Physiological action of certain drugs in tablet form - Number 52A
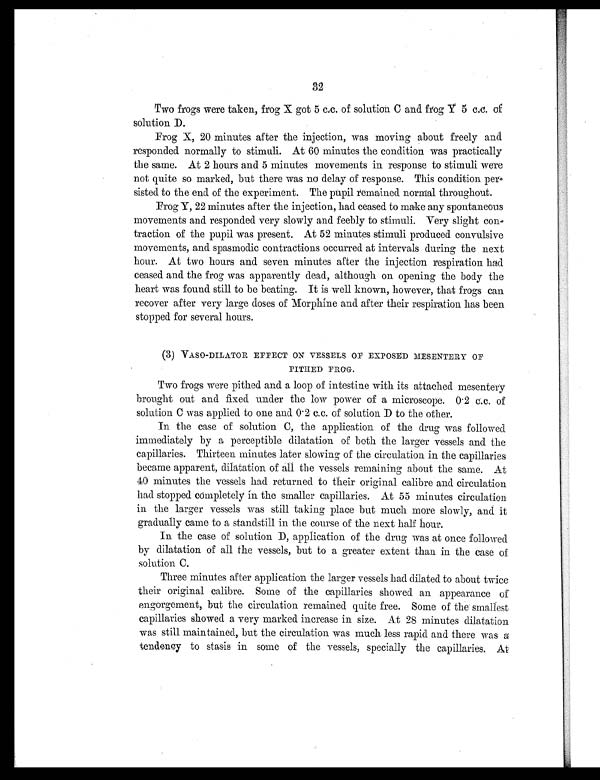
32
Two frogs were taken, frog X got 5 c.c. of solution C and frog 5 c.c. of
solution D.
Frog X, 20 minutes after the injection, was moving about freely and
responded normally to stimuli. At 60 minutes the condition was practically
the same. At 2 hours and 5 minutes movements in response to stimuli were
not quite so marked, but there was no delay of response. This condition per
sisted to the end of the experiment. The pupil remained normal throughout.
Frog Y, 22 minutes after the injection, had ceased to make any spontaneous
movements and responded very slowly and feebly to stimuli. Very slight con
-traction of the pupil was present. At 52 minutes stimuli produced. convulsive
movements, and spasmodic contractions occurred at intervals during the next
hour. At two hours and seven minutes after the injection respiration had
ceased and the frog was apparently dead, although on opening the body the
heart was found still to be beating. It is well known, however, that frogs can
recover after very large doses of Morphine and after their respiration has been
stopped for several hours.
(3) VASO-DILATOR EFFECT ON VESSELS OF EXPOSED MESENTERY OF
PITHED FROG.
Two frogs were pithed and a loop of intestine with its attached mesentery
brought out and fixed under the low power of a microscope. 0.2 c.c. of
solution C was applied to one and 0.2 c.c. of solution D to the other.
In the case of solution C, the application of the drug was followed
immediately by a perceptible dilatation of both the larger vessels and the
capillaries. Thirteen minutes later slowing of the circulation in the capillaries
became apparent, dilatation of all the vessels remaining about the same. At
40 minutes the vessels had returned to their original calibre and circulation
had stopped completely in the smaller capillaries. At 55 minutes circulation
in the larger vessels was still taking place but much more slowly, and it
gradually came to a standstill in the course of the next half hour.
In the case of solution D, application of the drug was at once followed
by dilatation of all the vessels, but to a greater extent than in the case of
solution C.
Three minutes after application the larger vessels had dilated to about twice
their original calibre. Some of the capillaries showed an appearance of
engorgement, but the circulation remained quite free. Some of the smallest
capillaries showed a very marked increase in size. At 28 minutes dilatation
was still maintained, but the circulation was much less rapid and there was a
tendency to stasis in some of the vessels, specially the capillaries. At